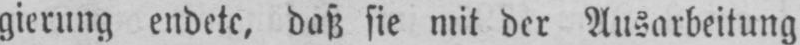
gierung endete, daß sie mit der Ausarbeitung